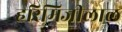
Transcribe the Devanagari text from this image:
हरिमिजीलाल